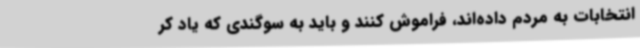
انتخابات به مردم داده‌اند، فراموش کنند و باید به سوگندی که یاد کر